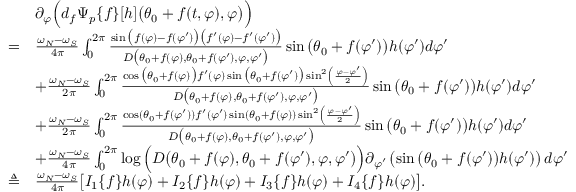
\begin{array} { r l } & { \partial _ { \varphi } \Big ( d _ { f } \Psi _ { p } \{ f \} [ h ] \big ( \theta _ { 0 } + f ( t , \varphi ) , \varphi \big ) \Big ) } \\ { = } & { \frac { \omega _ { N } - \omega _ { S } } { 4 \pi } \int _ { 0 } ^ { 2 \pi } \frac { \sin \big ( f ( \varphi ) - f ( \varphi ^ { \prime } ) \big ) \big ( f ^ { \prime } ( \varphi ) - f ^ { \prime } ( \varphi ^ { \prime } ) \big ) } { D \big ( \theta _ { 0 } + f ( \varphi ) , \theta _ { 0 } + f ( \varphi ^ { \prime } ) , \varphi , \varphi ^ { \prime } \big ) } \sin \big ( \theta _ { 0 } + f ( \varphi ^ { \prime } ) \big ) h ( \varphi ^ { \prime } ) d \varphi ^ { \prime } } \\ & { + \frac { \omega _ { N } - \omega _ { S } } { 2 \pi } \int _ { 0 } ^ { 2 \pi } \frac { \cos \big ( \theta _ { 0 } + f ( \varphi ) \big ) f ^ { \prime } ( \varphi ) \sin \big ( \theta _ { 0 } + f ( \varphi ^ { \prime } ) \big ) \sin ^ { 2 } \left( \frac { \varphi - \varphi ^ { \prime } } { 2 } \right) } { D \big ( \theta _ { 0 } + f ( \varphi ) , \theta _ { 0 } + f ( \varphi ^ { \prime } ) , \varphi , \varphi ^ { \prime } \big ) } \sin \big ( \theta _ { 0 } + f ( \varphi ^ { \prime } ) \big ) h ( \varphi ^ { \prime } ) d \varphi ^ { \prime } } \\ & { + \frac { \omega _ { N } - \omega _ { S } } { 2 \pi } \int _ { 0 } ^ { 2 \pi } \frac { \cos ( \theta _ { 0 } + f ( \varphi ^ { \prime } ) ) f ^ { \prime } ( \varphi ^ { \prime } ) \sin ( \theta _ { 0 } + f ( \varphi ) ) \sin ^ { 2 } \left( \frac { \varphi - \varphi ^ { \prime } } { 2 } \right) } { D \big ( \theta _ { 0 } + f ( \varphi ) , \theta _ { 0 } + f ( \varphi ^ { \prime } ) , \varphi , \varphi ^ { \prime } \big ) } \sin \big ( \theta _ { 0 } + f ( \varphi ^ { \prime } ) \big ) h ( \varphi ^ { \prime } ) d \varphi ^ { \prime } } \\ & { + \frac { \omega _ { N } - \omega _ { S } } { 4 \pi } \int _ { 0 } ^ { 2 \pi } \log \Big ( D \big ( \theta _ { 0 } + f ( \varphi ) , \theta _ { 0 } + f ( \varphi ^ { \prime } ) , \varphi , \varphi ^ { \prime } \big ) \Big ) \partial _ { \varphi ^ { \prime } } \left( \sin \big ( \theta _ { 0 } + f ( \varphi ^ { \prime } ) \big ) h ( \varphi ^ { \prime } ) \right) d \varphi ^ { \prime } } \\ { \triangleq } & { \frac { \omega _ { N } - \omega _ { S } } { 4 \pi } \big [ I _ { 1 } \{ f \} h ( \varphi ) + I _ { 2 } \{ f \} h ( \varphi ) + I _ { 3 } \{ f \} h ( \varphi ) + I _ { 4 } \{ f \} h ( \varphi ) \big ] . } \end{array}